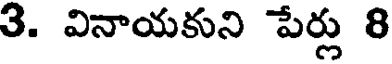
3. వినాయకుని పేర్లు 8